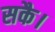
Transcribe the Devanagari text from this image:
सकै।